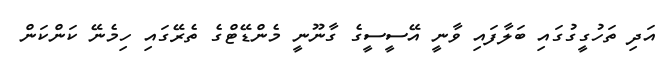
އަދި ތަހުގީގުގައި ބަލާފައި ވާނީ އޭސީސީގެ ގާނޫނީ މެންޑޭޓްގެ ތެރޭގައި ހިމެނޭ ކަންކަން